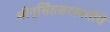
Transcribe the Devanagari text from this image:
श्रीनृसिंहसरस्वतींचे